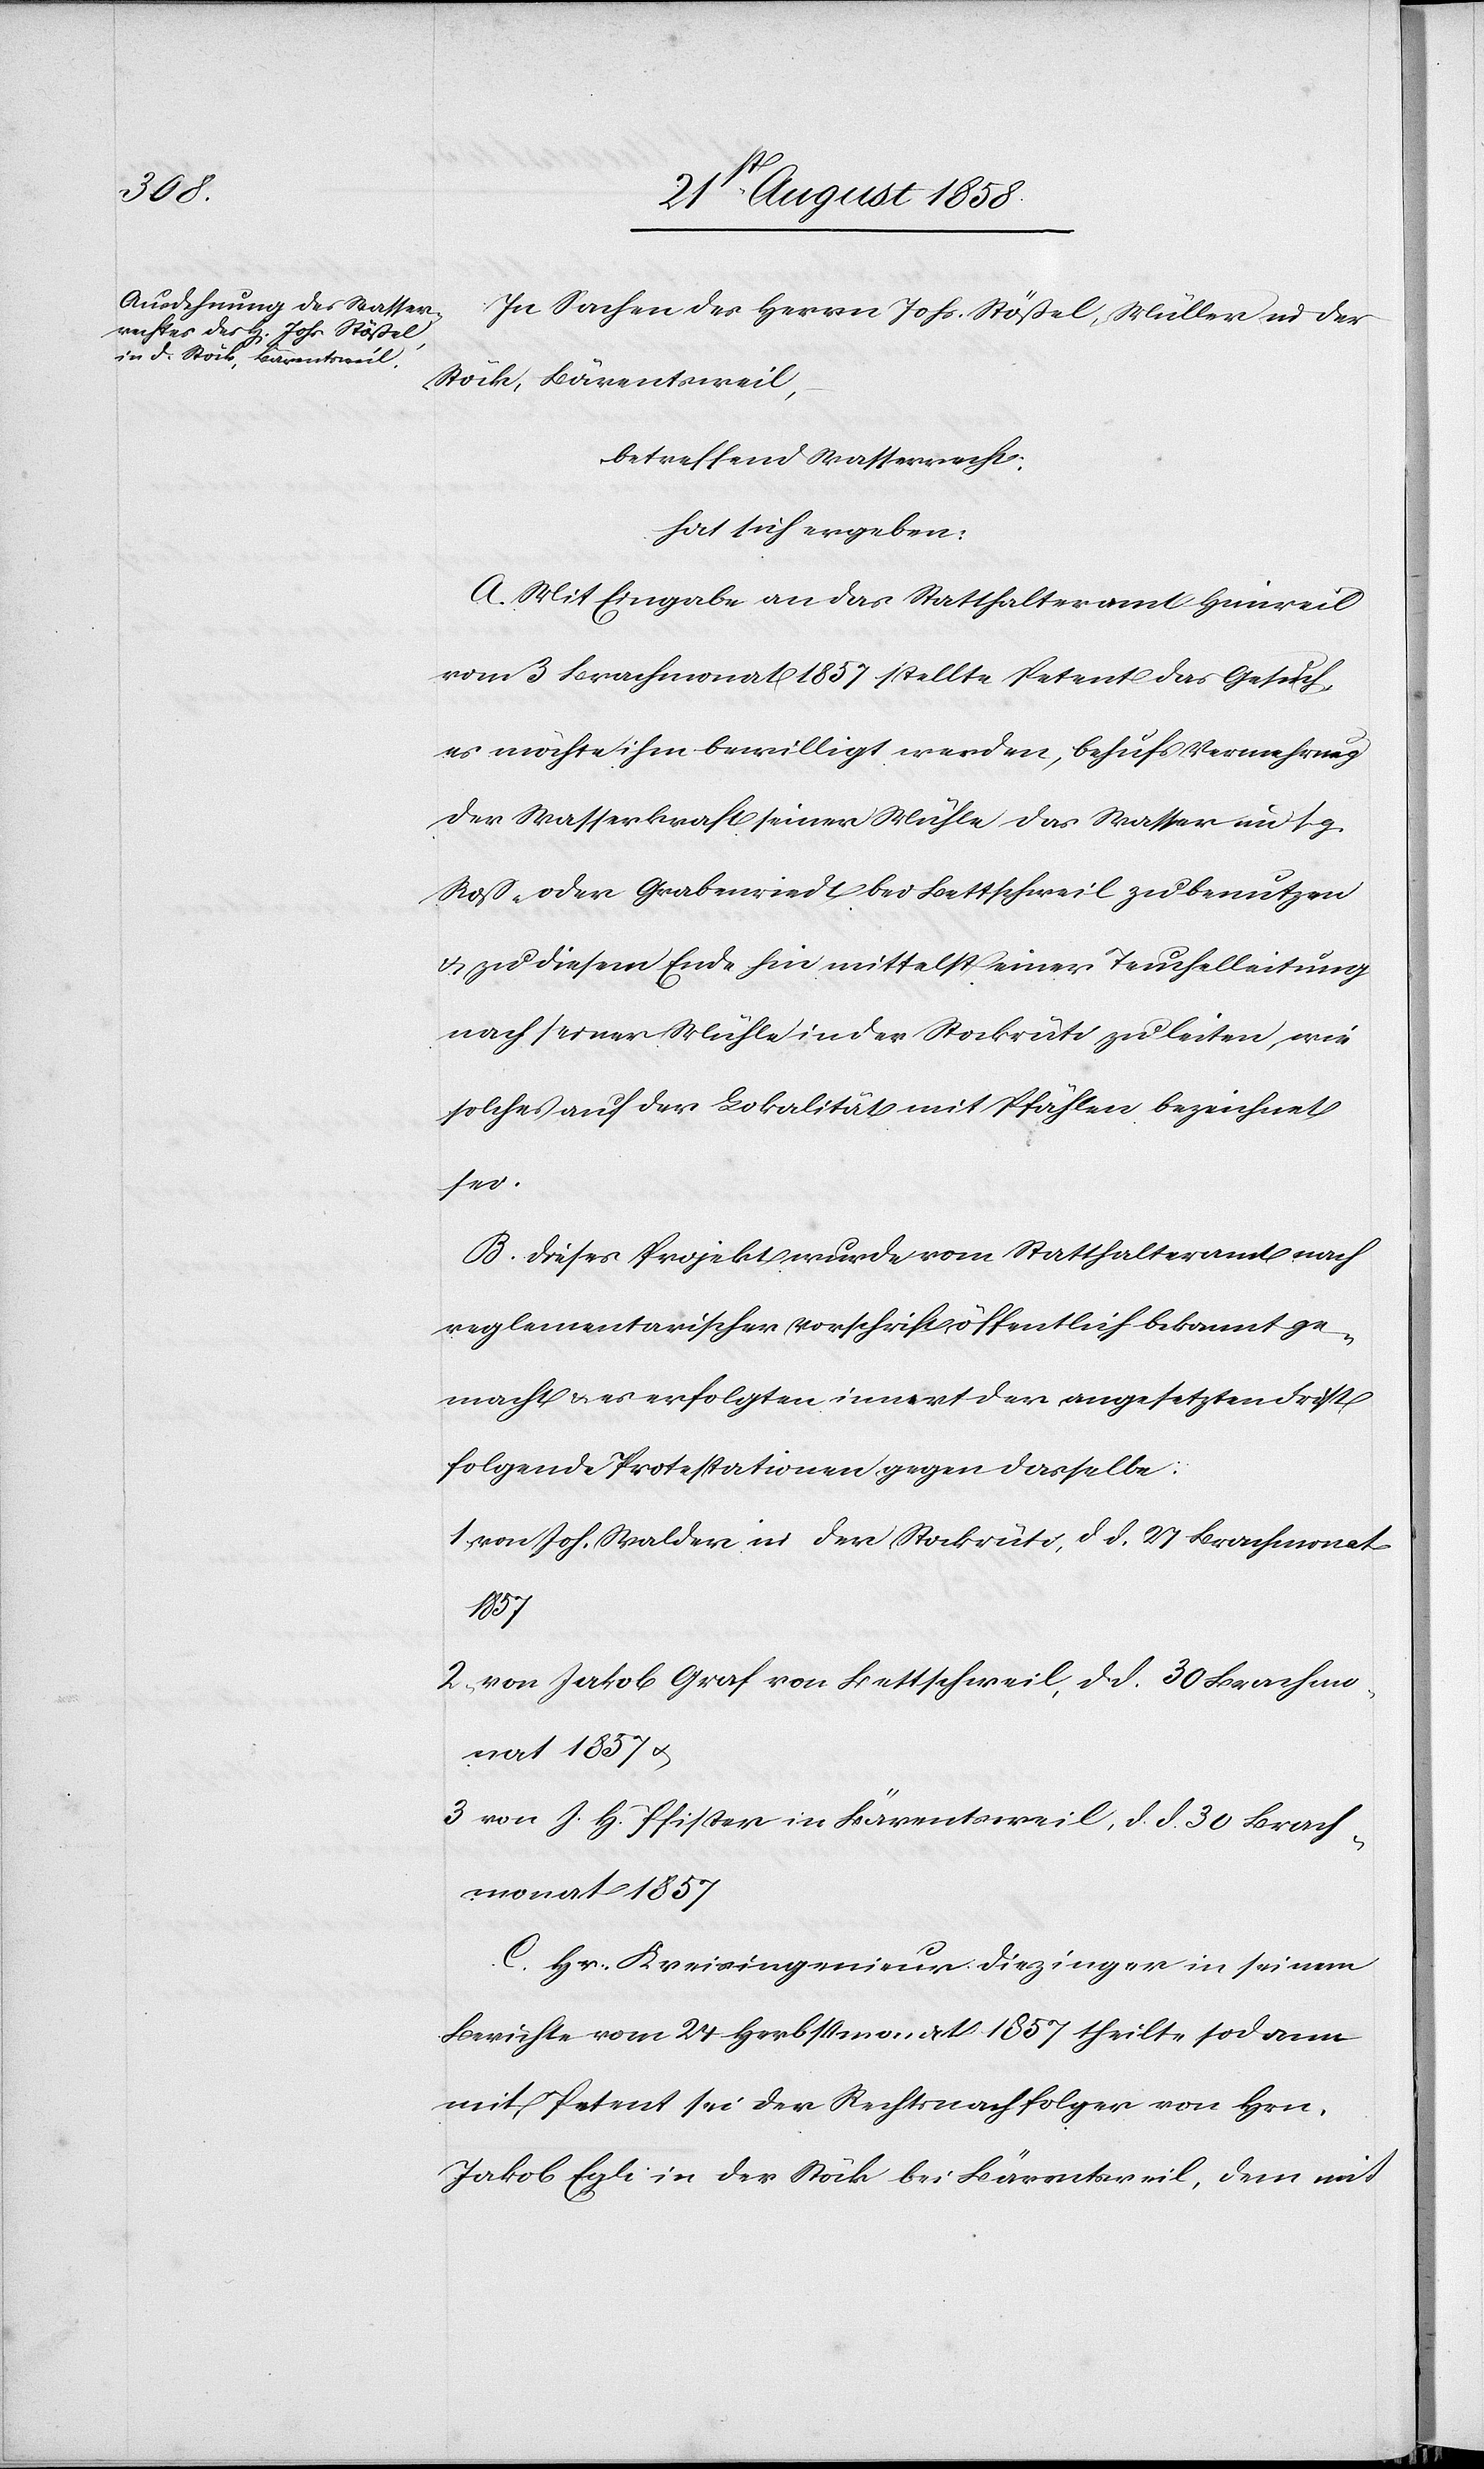
3.
In Sachen des Herrn Johs. Stößel, Müller in der
Stöck, Bärentsweil,
betreffend Wasserrecht,
hat sich ergeben:
A. Mit Eingabe an das Statthalteramt Hinweil
vom 3 Brachmonat 1857 stellte Petent das Gesuch,
es möchte ihm bewilligt werden, behufs Vermehrung
der Wasserkraft seiner Mühle das Wasser im s. g.
Ross- oder Grabenriedt bei Bettschweil zu benutzen
& zu diesem Ende hin mittelst einer Teuchelleitung
nach seiner Mühle in der Stockrüti zu leiten, wie
solches auf der Lokalität mit Pfählen bezeichnet
sei.
B. Dieses Projekt wurde vom Statthalteramt nach
reglementarischer Vorschrift öffentlich bekannt ge¬
macht & es erfolgten innert der angesetzten Frist
folgende Protestationen gegen dasselbe:
von Joh. Walder in der Stockrüti, d. d. 27 Brachmonat
2.
von Jakob Graf von Bettschweil, d. d. 30 Brach¬
von J. H. Pfister in Bärentsweil, d. d. 30 Brach¬
monat 1857
C. Hr. Kreisingenieur Diezinger in seinem
Berichte vom 24 Herbstmonat 1857 theilte sodann
mit, Petent sei der Rechtsnachfolger von Hrn.
Jakob Egli in der Stöck bei Bärentsweil, dem mit